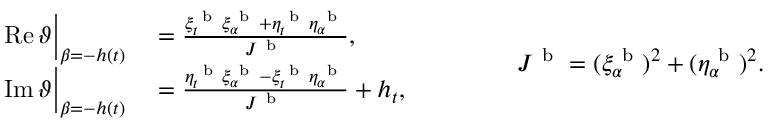
\begin{array} { r l } { \operatorname { R e } \vartheta \Big | _ { \beta = - h ( t ) } } & { { } = \frac { \xi _ { t } ^ { \mathrm { ~ b ~ } } \xi _ { \alpha } ^ { \mathrm { ~ b ~ } } + \eta _ { t } ^ { \mathrm { ~ b ~ } } \eta _ { \alpha } ^ { \mathrm { ~ b ~ } } } { J ^ { \mathrm { ~ b ~ } } } , } \\ { \operatorname { I m } \vartheta \Big | _ { \beta = - h ( t ) } } & { { } = \frac { \eta _ { t } ^ { \mathrm { ~ b ~ } } \xi _ { \alpha } ^ { \mathrm { ~ b ~ } } - \xi _ { t } ^ { \mathrm { ~ b ~ } } \eta _ { \alpha } ^ { \mathrm { ~ b ~ } } } { J ^ { \mathrm { ~ b ~ } } } + h _ { t } , } \end{array} \qquad \qquad J ^ { \mathrm { ~ b ~ } } = ( \xi _ { \alpha } ^ { \mathrm { ~ b ~ } } ) ^ { 2 } + ( \eta _ { \alpha } ^ { \mathrm { ~ b ~ } } ) ^ { 2 } .